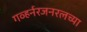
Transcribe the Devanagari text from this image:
गव्हर्नरजनरलच्या